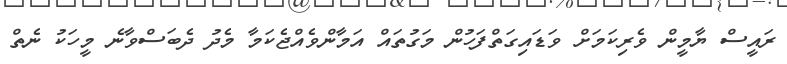
ރައީސް ޔާމީން ވެރިކަމަށް ވަޑައިގަތްފަހުން މަގުތައް އަމާންވެއްޖެކަމާ މެދު ދެބަސްވާނެ މީހަކު ނެތް